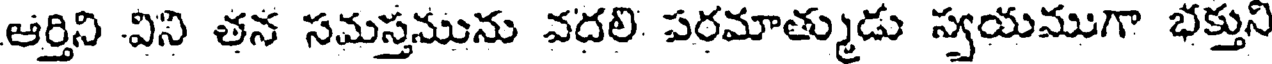
ఆర్తిని విని తన సమస్తమును వదలి పరమాత్ముడు స్వయముగా భక్తుని